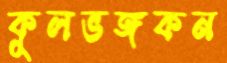
কুলভঙ্গকন